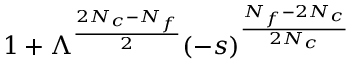
1 + \Lambda ^ { \frac { 2 N _ { c } - N _ { f } } { 2 } } ( - s ) ^ { \frac { N _ { f } - 2 N _ { c } } { 2 N _ { c } } }